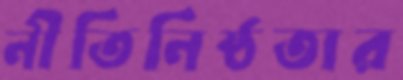
নীতিনিষ্ঠতার